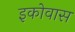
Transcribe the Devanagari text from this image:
इकोवास